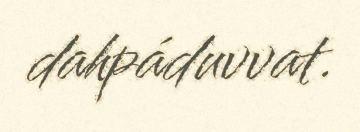
dahpáduvvat.